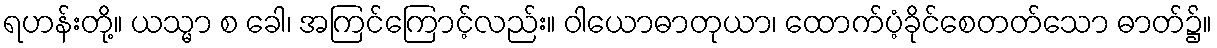
ရဟန်းတို့။ ယသ္မာ စ ခေါ၊ အကြင်ကြောင့်လည်း။ ဝါယောဓာတုယာ၊ ထောက်ပံ့ခိုင်စေတတ်သော ဓာတ်၌။